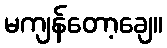
မကျန်တော့ချေ။